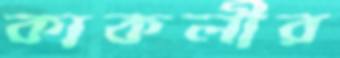
কাকলীর